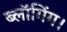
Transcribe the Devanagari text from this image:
ब्लॉगिंग।